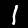
Label: 1